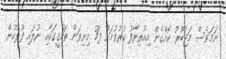
ނަމަވެސް މަޖުބޫރު ކޮށްގެން އިއުތިރާފު ކުރުވުމަށް ފަހު މިނިވަން ތަހުގީގަކާއި ނުލައި ފުލުހުން